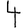
Digit: 4